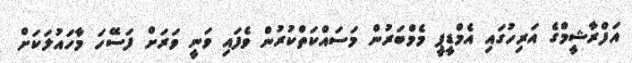
އަފްރާޝީމްގެ އަރިހުގައި އެމްޑީޕީ މެމްބަރުން މަސައްކަތްކުރުން ވެފައި ވަނީ ވަރަށް ފަސޭހަ މާހައުލަކަށް